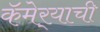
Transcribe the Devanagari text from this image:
कॅमेर्‍याची